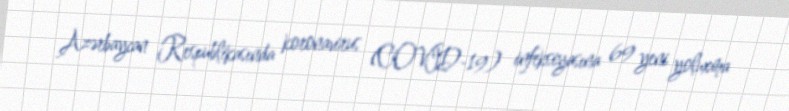
Azərbaycan Respublikasında koronavirus (COVID-19) infeksiyasına 69 yeni yoluxma